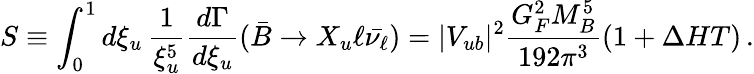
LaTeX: S\equiv\int_{0}^{1}d\xi_{u}\, \frac{1}{\xi_{u}^{5}}\frac{d\Gamma}{d\xi_{u}}(\bar{B}\to X_{u}\ell\bar{\nu_{\ell}})=|V_{ub}|^{2}\frac{G_{F}^{2}M_{B}^{5}}{192\pi^{3}}(1+\Delta HT)\, .